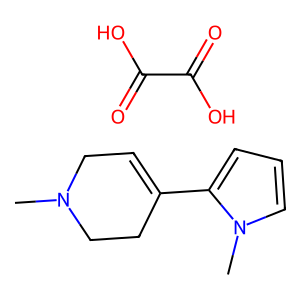
SMILES: CN1CC=C(c2cccn2C)CC1.O=C(O)C(=O)O
Inhibits HIV replication: No